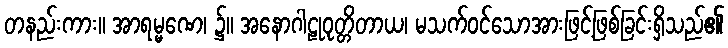
တနည်းကား။ အာရမ္မဏေ၊ ၌။ အနောဂါဠုဝုတ္တိတာယ၊ မသက်ဝင်သောအားဖြင့်ဖြစ်ခြင်းရှိသည်၏